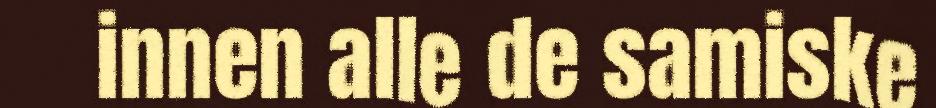
innen alle de samiske